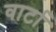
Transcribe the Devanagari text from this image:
वार्टा